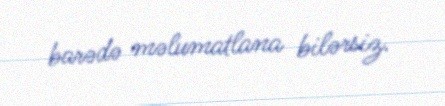
barədə məlumatlana bilərsiz.